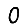
Digit: 0